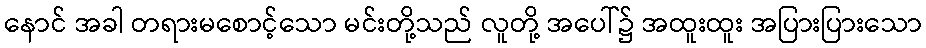
နောင် အခါ တရားမစောင့်သော မင်းတို့သည် လူတို့ အပေါ်၌ အထူးထူး အပြားပြားသော